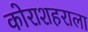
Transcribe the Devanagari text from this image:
कोराशहराला